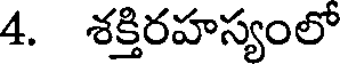
4. శక్తిరహస్యంలో